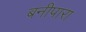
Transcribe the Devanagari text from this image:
बनीपारा